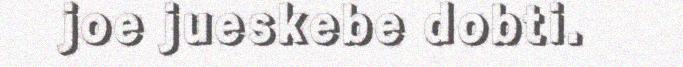
joe jueskebe dobti.